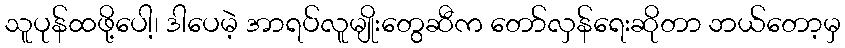
သူပုန်ထဖို့ပေါ့၊ ဒါပေမဲ့ အာရပ်လူမျိုးတွေဆီက တော်လှန်ရေးဆိုတာ ဘယ်တော့မှ